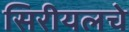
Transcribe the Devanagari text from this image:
सिरीयलचे